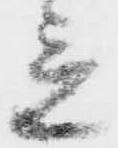
立